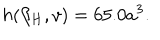
h ( { \beta _ { H } } , v ) = 6 5 . 0 a ^ { 3 } .